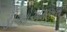
ડીઓએમએસ